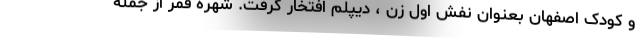
و کودک اصفهان بعنوان نفش اول زن ، دیپلم افتخار گرفت. شهره قمر از جمله